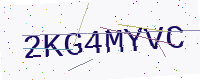
Text: 2KG4MYVC